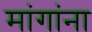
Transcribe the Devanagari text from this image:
मांगांना